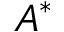
A ^ { * }